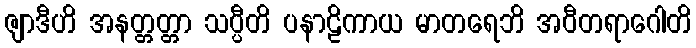
ဇျာဒီဟိ အနတ္တတ္တာ သပ္ပီတိ ပနာဠိကာယ မာတရေဘိ အဝီတရာဂေါတိ